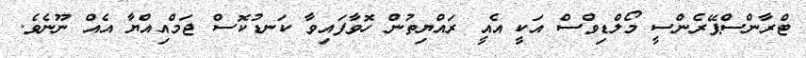
ޓްރާންސްޕޭރެންސީ މޯލްޑިވްސް އަކީ އެއީ ރައްޔިތުން ހޮވާފައިވާ ކަނޑުކޮސް ޖަމްއިއްޔާ އެއް ނޫނެވެ.